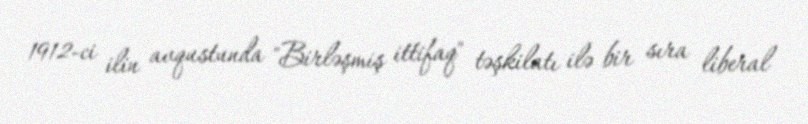
1912-ci ilin avqustunda "Birləşmiş ittifaq" təşkilatı ilə bir sıra liberal